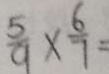
\frac { 5 } { 9 } \times \frac { 6 } { 7 } =